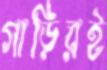
গাড়িরই